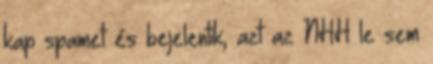
kap spamet és bejelentik, azt az NHH le sem